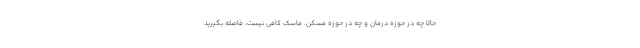
حالا چه در حوزه درمان و چه در حوزه مسکن. ماسک کافی نیست، فاصله بگیرید